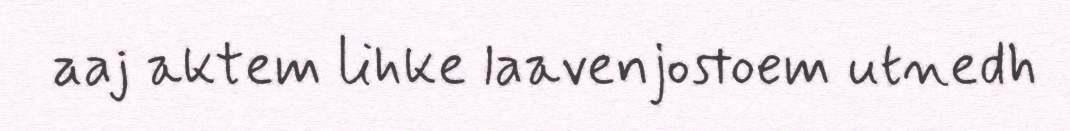
aaj aktem lihke laavenjostoem utnedh